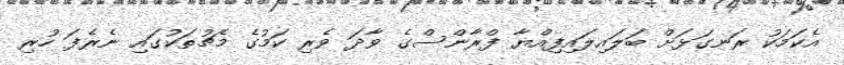
އެކަމަކު ރަނގަޅަށް ބަލައިލައިފިއްޔާ ފްރާންސްގެ ވާދަ ވެރި ކަމުގެ މެޗުތަކުގައި ނެރެފަ ހުރި